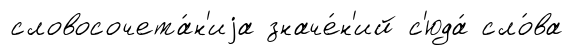
словосочета́н'иjа значе́н'ий с'юда́ сло́ва